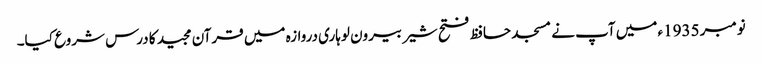
نومبر 1935ء میں آپ نے مسجد حافظ فتح شیر بیرون لوہاری دروازہ میں قرآن مجید کا درس شروع کیا۔